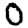
Digit: 0